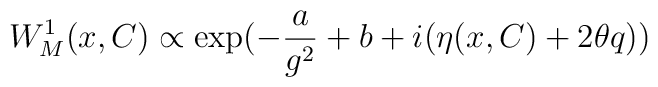
W_M^1(x,C) \propto \exp (-\frac{a}{g^2}+b+i(\eta(x,C)+2\theta q))